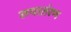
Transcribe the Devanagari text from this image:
रुपातंरण